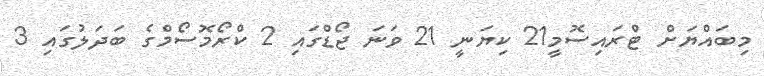
މިބައްޔަށް ޓްރައިސޮމީ21 ކިޔަނީ 21 ވަނަ ޖޯޑްގައި 2 ކްރޯމޮސޯމްގެ ބަދަލުގައި 3